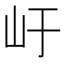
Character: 𭖂